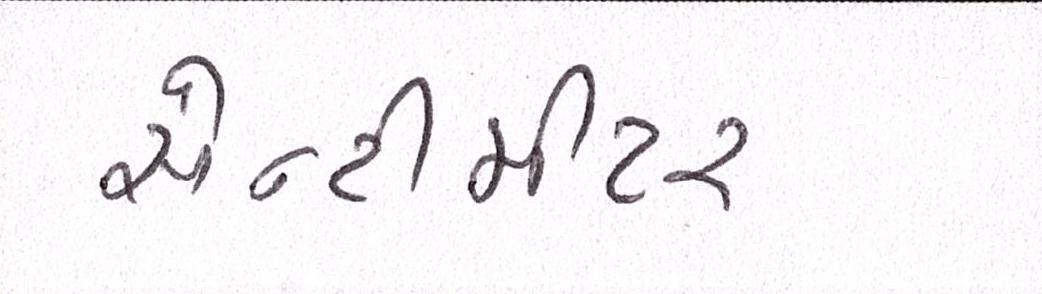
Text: સેન્ટીમીટર